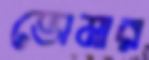
ভোমার